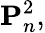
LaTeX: \mathbf{P}_{n}^{2},